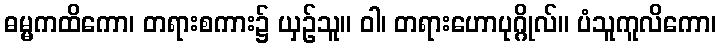
ဓမ္မကထိကော၊ တရားစကား၌ ယှဉ်သူ။ ဝါ၊ တရားဟောပုဂ္ဂိုလ်။ ပံသူကူလိကော၊